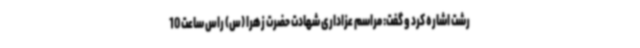
رشت اشاره کرد و گفت: مراسم عزاداری شهادت حضرت زهرا (س) راس ساعت 10